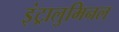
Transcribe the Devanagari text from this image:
इंट्रालुमिनल